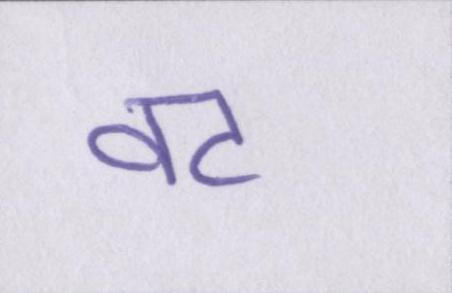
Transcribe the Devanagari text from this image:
वट